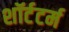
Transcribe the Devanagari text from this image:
शॉर्टटर्म